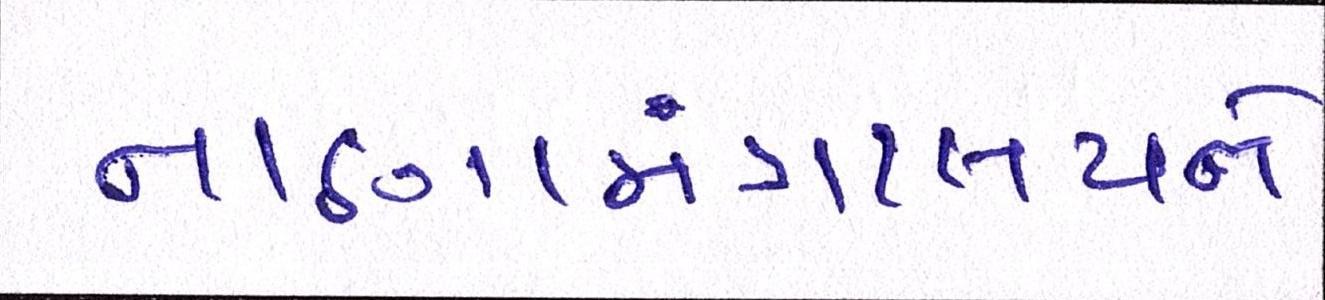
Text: નાણામંત્રાલયને